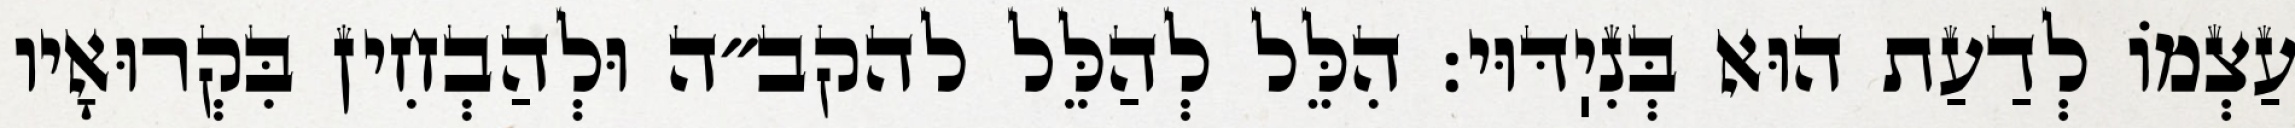
עַצְמוֹ לְדַעַת הוּא בְּנִיֽדּוּי: הִלֵּל לְהַלֵּל להקב״ה וּלְהַבְחִין בִּקְרוּאָיו